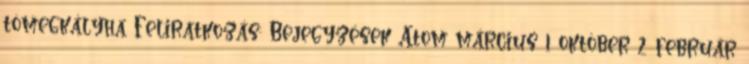
tömegkályha Feliratkozás: Bejegyzések Atom március 1 október 2 február